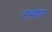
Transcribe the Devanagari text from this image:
टंस्टेन